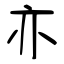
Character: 亦